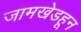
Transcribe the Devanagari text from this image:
जामखेडहून